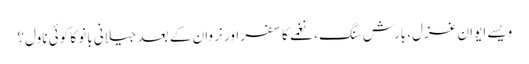
ویسے ایوانِ غزل، بارشِ سنگ، نغمے کا سفر اور نروان کے بعد جیلانی بانو کا کوئی ناول؟